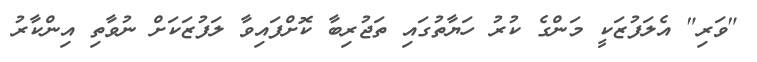
"ވަރި" އެލަފުޒަކީ މަންގެ ކުރު ހަޔާތުގައި ތަޖުރިބާ ކޮށްފައިވާ ލަފުޒަކަށް ނުވާތި އިންކާރު